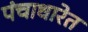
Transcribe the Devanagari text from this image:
पंचाधारेत